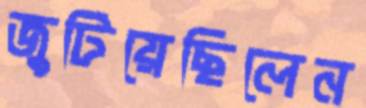
জুটিয়েছিলেন